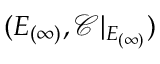
( E _ { ( \infty ) } , { \mathcal { C } } | _ { E _ { ( \infty ) } } )